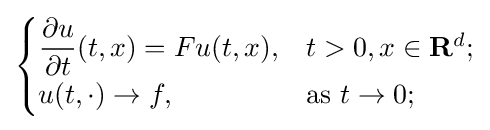
{\begin{cases}{\dfrac {\partial u}{\partial t}}(t,x)=Fu(t,x),&t>0,x\in \mathbf {R} ^{d};\\u(t,\cdot )\to f,&{\text{as }}t\to 0;\end{cases}}